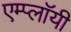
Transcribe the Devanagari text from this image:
एम्प्लॉयी